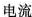
电流